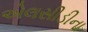
એલસીડીના